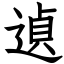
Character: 遉